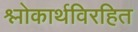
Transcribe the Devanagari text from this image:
श्लोकार्थविरहित